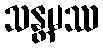
သန္တမဿ